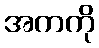
အကကို